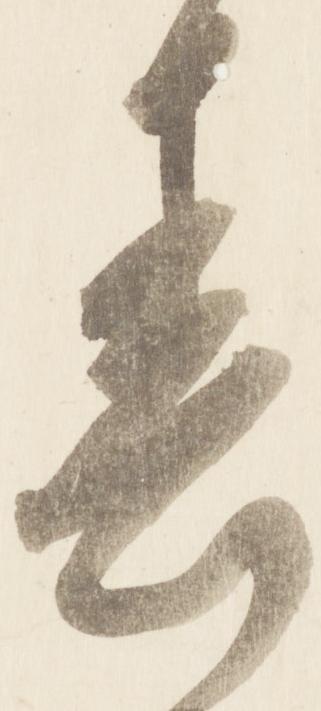
春